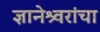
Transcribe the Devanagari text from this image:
ज्ञानेश्र्वरांचा